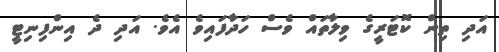
އަދި ތިން ކޮޓަރީގެ ވިލާތައް ވެސް ހަދާފައިވެ އެވެ. އަދި ދެ އިންފިނިޓީ